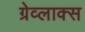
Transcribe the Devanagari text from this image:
ग्रेव्लाक्स